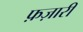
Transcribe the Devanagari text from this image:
फ़ज़ारी